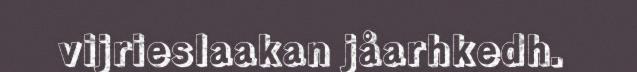
vijrieslaakan jåarhkedh.